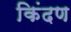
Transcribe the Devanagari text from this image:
किंदण